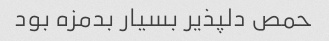
حمص دلپذیر بسیار بدمزه بود